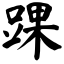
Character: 踝